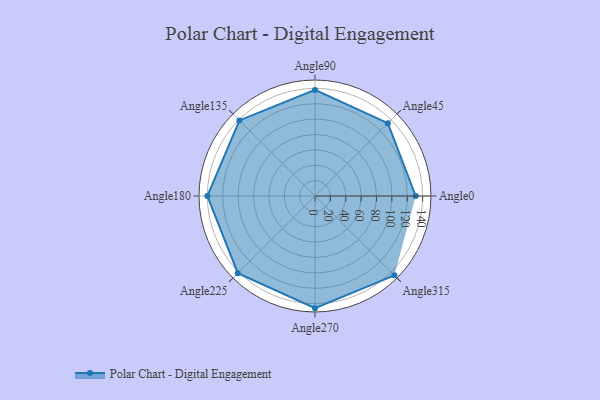
{"axis": {"x": "Angle", "y": "Radius"}, "legend": [""], "data": [{"x": "Angle0", "y": 131.0, "type": ""}, {"x": "Angle45", "y": 134.0, "type": ""}, {"x": "Angle90", "y": 138.0, "type": ""}, {"x": "Angle135", "y": 139.0, "type": ""}, {"x": "Angle180", "y": 140.0, "type": ""}, {"x": "Angle225", "y": 142.0, "type": ""}, {"x": "Angle270", "y": 146.0, "type": ""}, {"x": "Angle315", "y": 146.0, "type": ""}]}